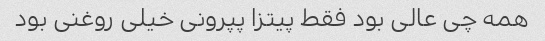
همه چی عالی بود فقط پیتزا پپرونی خیلی روغنی بود